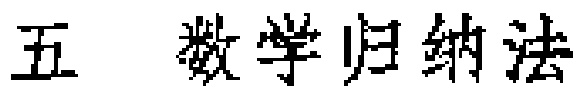
五 数学归纳法